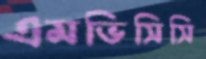
এমভিসিসি